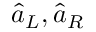
\hat { a } _ { L } , \hat { a } _ { R }